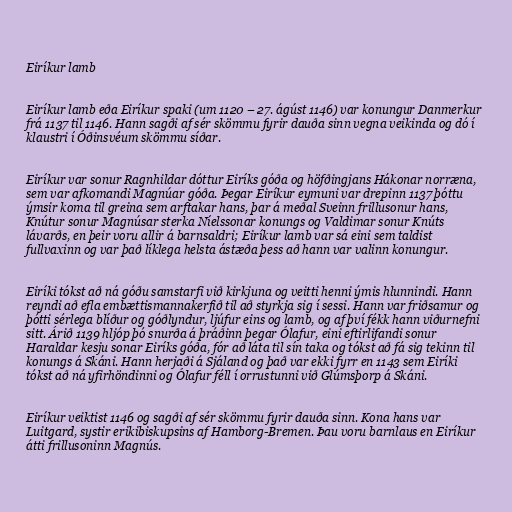
Eiríkur lamb

Eiríkur lamb eða Eiríkur spaki (um 1120 – 27. ágúst 1146) var konungur Danmerkur
frá 1137 til 1146. Hann sagði af sér skömmu fyrir dauða sinn vegna veikinda og dó í
klaustri í Óðinsvéum skömmu síðar.

Eiríkur var sonur Ragnhildar dóttur Eiríks góða og höfðingjans Hákonar norræna,
sem var afkomandi Magnúar góða. Þegar Eiríkur eymuni var drepinn 1137 þóttu
ýmsir koma til greina sem arftakar hans, þar á meðal Sveinn frillusonur hans,
Knútur sonur Magnúsar sterka Níelssonar konungs og Valdimar sonur Knúts
lávarðs, en þeir voru allir á barnsaldri; Eiríkur lamb var sá eini sem taldist
fullvaxinn og var það líklega helsta ástæða þess að hann var valinn konungur.

Eiríki tókst að ná góðu samstarfi við kirkjuna og veitti henni ýmis hlunnindi. Hann
reyndi að efla embættismannakerfið til að styrkja sig í sessi. Hann var friðsamur og
þótti sérlega blíður og góðlyndur, ljúfur eins og lamb, og af því fékk hann viðurnefni
sitt. Árið 1139 hljóp þó snurða á þráðinn þegar Ólafur, eini eftirlifandi sonur
Haraldar kesju sonar Eiríks góða, fór að láta til sín taka og tókst að fá sig tekinn til
konungs á Skáni. Hann herjaði á Sjáland og það var ekki fyrr en 1143 sem Eiríki
tókst að ná yfirhöndinni og Ólafur féll í orrustunni við Glúmsþorp á Skáni.

Eiríkur veiktist 1146 og sagði af sér skömmu fyrir dauða sinn. Kona hans var
Luitgard, systir erikibiskupsins af Hamborg-Bremen. Þau voru barnlaus en Eiríkur
átti frillusoninn Magnús.